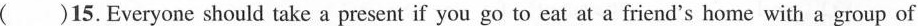
()15.Everyone should take a present if you go to eat at a friend's home with a group of